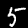
Label: 5